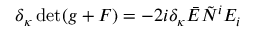
\delta _ { \kappa } \operatorname * { d e t } ( g + { \cal F } ) = - 2 i \delta _ { \kappa } \bar { E } \tilde { N } ^ { i } E _ { i }